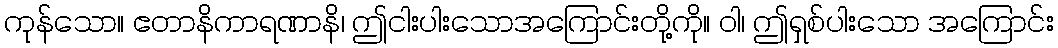
ကုန်သော။ ဧတာနိကာရဏာနိ၊ ဤငါးပါးသောအကြောင်းတို့ကို။ ဝါ၊ ဤရှစ်ပါးသော အကြောင်း